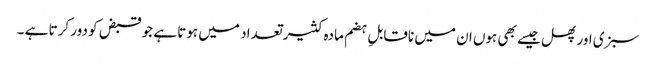
سبزی اور پھل جیسے بھی ہوں ان میں ناقابلِ ہضم مادہ کثیر تعداد میں ہوتا ہے جو قبض کو دور کرتا ہے ۔